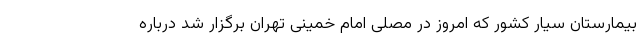
بیمارستان سیار کشور که امروز در مصلی امام خمینی تهران برگزار شد درباره